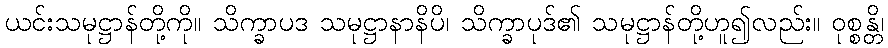
ယင်းသမုဋ္ဌာန်တို့ကို။ သိက္ခာပဒ သမုဋ္ဌာနာနိပိ၊ သိက္ခာပုဒ်၏ သမုဋ္ဌာန်တို့ဟူ၍လည်း။ ဝုစ္စန္တိ၊